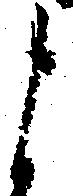
よ